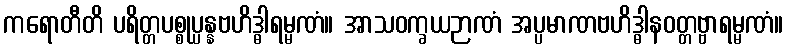
ကရောတီတိ ပရိတ္တပစ္စုပ္ပန္နဗဟိဒ္ဓါရမ္မဏံ။ အာသဝက္ခယဉာဏံ အပ္ပမာဏဗဟိဒ္ဓါနဝတ္တဗ္ဗာရမ္မဏံ။